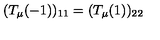
( T _ { \mu } ( - 1 ) ) _ { 1 1 } = ( T _ { \mu } ( 1 ) ) _ { 2 2 }